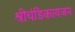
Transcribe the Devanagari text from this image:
श्रीचंडिकायजन